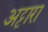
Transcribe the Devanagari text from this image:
अट्टारा